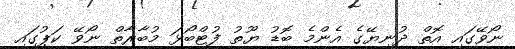
ނޯވޭގައި އޮތް ދުނިޔޭގެ އެންމެ ބޮޑު ޔޫތު ފުޓްބޯޅަ މުބާރާތް ނޯވޭ ކަޕުގައި